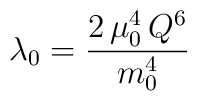
\lambda_{0} =\frac{2\, \mu_{0}^4 \,Q^6}{m_{0}^4}